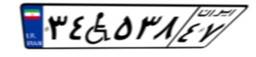
۳۴W۵۳۸۴۷